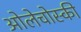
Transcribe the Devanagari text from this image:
ओलेचोस्की